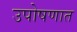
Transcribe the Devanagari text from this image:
उपोषणात